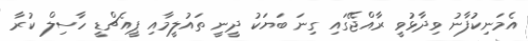
އެމަނިކުފާނު ވިދާޅުވީ ރާއްޖޭގައި ގިނަ ބަޔަކު ދީނީ ތައުލީމާއި ޕީއެޗްޑީ ހާސިލް ކުރާ